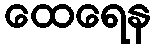
ထေရေန